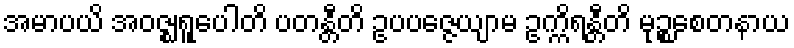
အမာပယိ အဝဇ္ဈရူပေါတိ ပတန္တီတိ ဥပပဇ္ဇေယျာမ ဥက္ကိရန္တီတိ မုဉ္စစေတနာယ